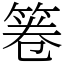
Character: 箞